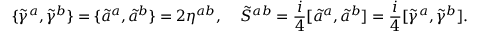
\{ \tilde { \gamma } ^ { a } , \tilde { \gamma } ^ { b } \} = \{ \tilde { a } ^ { a } , \tilde { a } ^ { b } \} = 2 \eta ^ { a b } , \; \; \; \; \tilde { S } ^ { a b } = \frac { i } { 4 } [ \tilde { a } ^ { a } , \tilde { a } ^ { b } ] = \frac { i } { 4 } [ \tilde { \gamma } ^ { a } , \tilde { \gamma } ^ { b } ] .